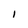
Character: 1